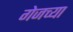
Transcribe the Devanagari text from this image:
गेजच्या